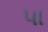
પા